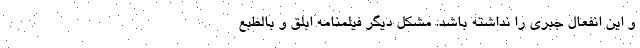
و این انفعال جبری را نداشته باشد. مشکل دیگر فیلمنامه ابلق و بالطبع